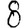
Digit: 8